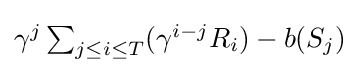
{\textstyle \gamma ^{j}\sum _{j\leq i\leq T}(\gamma ^{i-j}R_{i})-b(S_{j})}